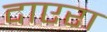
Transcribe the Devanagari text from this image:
दाएरा